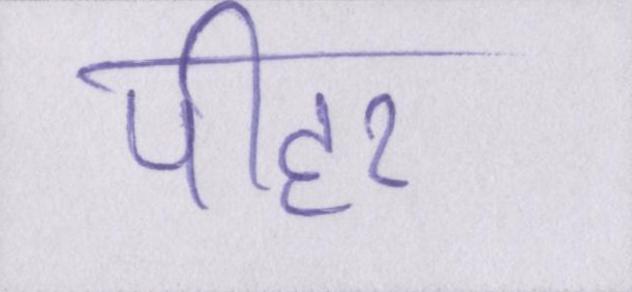
पीहर